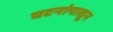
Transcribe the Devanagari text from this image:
घटनांपासून